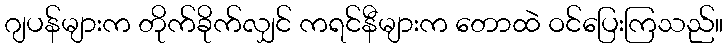
ဂျပန်များက တိုက်ခိုက်လျှင် ကရင်နီများက တောထဲ ဝင်ပြေးကြသည်။